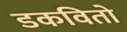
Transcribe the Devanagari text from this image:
डकवितो